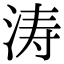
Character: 涛